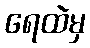
ရေထဲမှ